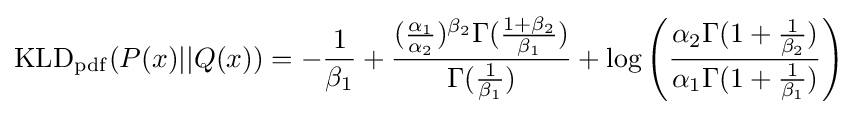
{\rm {KLD_{pdf}}}(P(x)||Q(x))=-{\frac {1}{\beta _{1}}}+{\frac {({\frac {\alpha _{1}}{\alpha _{2}}})^{\beta _{2}}\Gamma ({\frac {1+\beta _{2}}{\beta _{1}}})}{\Gamma ({\frac {1}{\beta _{1}}})}}+\log \left({\frac {\alpha _{2}\Gamma (1+{\frac {1}{\beta _{2}}})}{\alpha _{1}\Gamma (1+{\frac {1}{\beta _{1}}})}}\right)